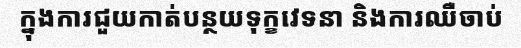
ក្នុងការជួយកាត់បន្ថយទុក្ខវេទនា និងការឈឺចាប់